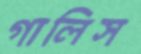
গালিস